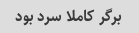
برگر کاملا سرد بود